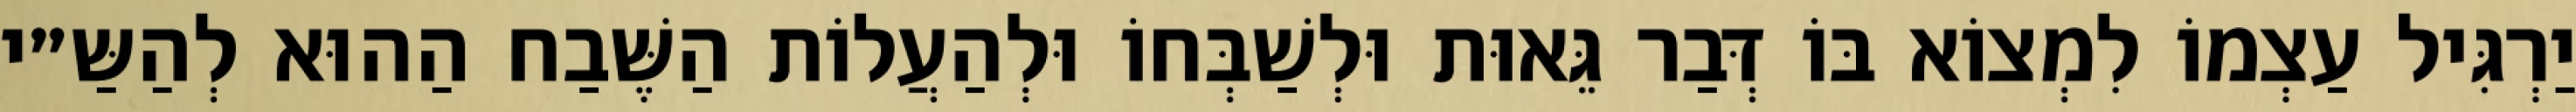
יַרְגִּיל עַצְמוֹ לִמְצוֹא בּוֹ דְּבַר גֵּאוּת וּלְשַׁבְּחוֹ וּלְהַעֲלוֹת הַשֶּׁבַח הַהוּא לְהַשַּ״י